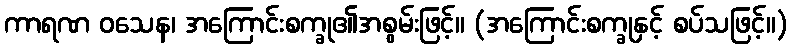
ကာရဏ ဝသေန၊ အကြောင်းစက္ခု၏အစွမ်းဖြင့်။ (အကြောင်းစက္ခုနှင့် စပ်သဖြင့်။)